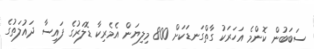
ސަބަބުން ކޮންމެ އަހަރަކު ގާތްގަނޑަކަށް 800 މިލިޔަން އެމެރިކާ ޑޮލަރުގެ ފައިސާ ދައުލަތުގެ